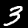
Label: 3